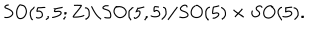
S O ( 5 , 5 ; Z ) \backslash S O ( 5 , 5 ) / S O ( 5 ) \times S O ( 5 ) .